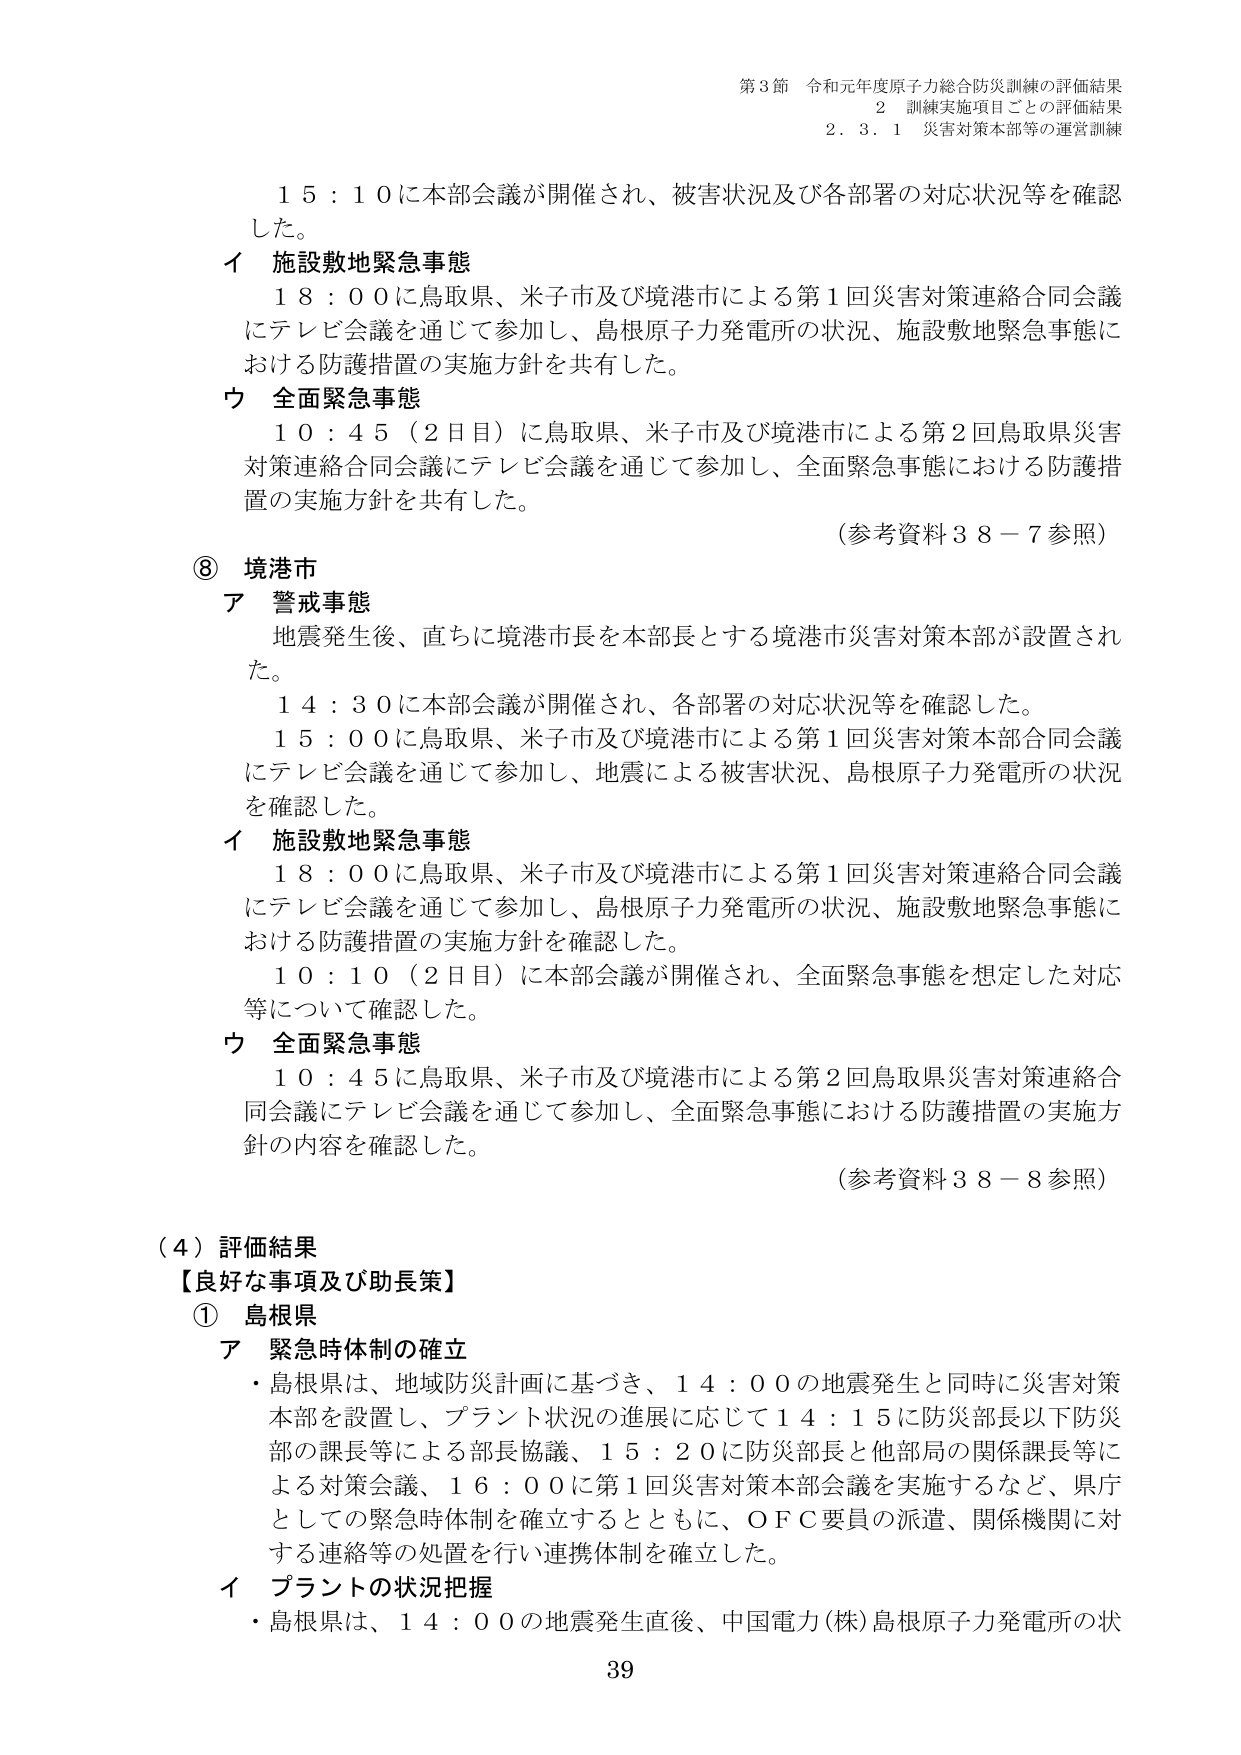
第3節 令和元年度原子力総合防災訓練の評価結果
2 訓練実施項目ごとの評価結果
2.3.1 災害対策本部等の運営訓練

15:10に本部会議が開催され、被害状況及び各部署の対応状況等を確認した。

イ 施設敷地緊急事態
18:00に鳥取県、米子市及び境港市による第1回災害対策連絡合同会議にテレビ会議を通じて参加し、島根原子力発電所の状況、施設敷地緊急事態における防護措置の実施方針を共有した。

ウ 全面緊急事態
10:45（2日目）に鳥取県、米子市及び境港市による第2回鳥取県災害対策連絡合同会議にテレビ会議を通じて参加し、全面緊急事態における防護措置の実施方針を共有した。
（参考資料38－7参照）

⑧ 境港市
ア 警戒事態
地震発生後、直ちに境港市長を本部長とする境港市災害対策本部が設置された。
14:30に本部会議が開催され、各部署の対応状況等を確認した。
15:00に鳥取県、米子市及び境港市による第1回災害対策本部合同会議にテレビ会議を通じて参加し、地震による被害状況、島根原子力発電所の状況を確認した。

イ 施設敷地緊急事態
18:00に鳥取県、米子市及び境港市による第1回災害対策連絡合同会議にテレビ会議を通じて参加し、島根原子力発電所の状況、施設敷地緊急事態における防護措置の実施方針を確認した。
10:10（2日目）に本部会議が開催され、全面緊急事態を想定した対応等について確認した。

ウ 全面緊急事態
10:45に鳥取県、米子市及び境港市による第2回鳥取県災害対策連絡合同会議にテレビ会議を通じて参加し、全面緊急事態における防護措置の実施方針の内容を確認した。
（参考資料38－8参照）

（4）評価結果
【良好な事項及び助長策】
① 島根県
ア 緊急時体制の確立
・島根県は、地域防災計画に基づき、14:00の地震発生と同時に災害対策本部を設置し、プラント状況の進展に応じて14:15に防災部長以下防災部の課長等による部長協議、15:20に防災部長と他部局の関係課長等による対策会議、16:00に第1回災害対策本部会議を実施するなど、県庁としての緊急時体制を確立するとともに、OFC要員の派遣、関係機関に対する連絡等の処置を行い連携体制を確立した。

イ プラントの状況把握
・島根県は、14:00の地震発生直後、中国電力(株)島根原子力発電所の状

39